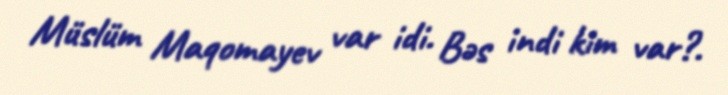
Müslüm Maqomayev var idi. Bəs indi kim var?.